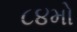
૮૪મો